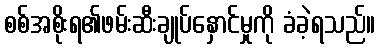
စစ်အစိုးရ၏ဖမ်းဆီးချုပ်နှောင်မှုကို ခံခဲ့ရသည်။